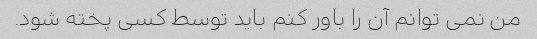
من نمی توانم آن را باور کنم باید توسط کسی پخته شود.